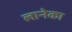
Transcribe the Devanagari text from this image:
लानेका